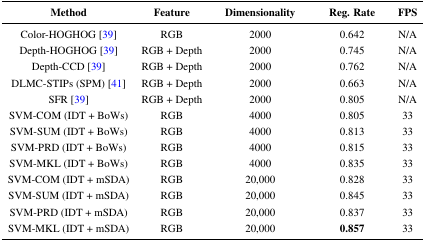
| Method | Feature | Dimensionality | Reg. Rate | FPS |
 | --- | --- | --- | --- | --- |
 | Color-HOGHOG [39] | RGB | 2000 | 0.642 | N/A |
 | Depth-HOGHOG [39] | RGB + Depth | 2000 | 0.745 | N/A |
 | Depth-CCD [39] | RGB + Depth | 2000 | 0.762 | N/A |
 | DLMC-STIPs (SPM) [41] | RGB + Depth | 2000 | 0.663 | N/A |
 | SFR [39] | RGB + Depth | 2000 | 0.805 | N/A |
 | SVM-COM (IDT + BoWs) | RGB | 4000 | 0.805 | 33 |
 | SVM-SUM (IDT + BoWs) | RGB | 4000 | 0.813 | 33 |
 | SVM-PRD (IDT + BoWs) | RGB | 4000 | 0.815 | 33 |
 | SVM-MKL (IDT + BoWs) | RGB | 4000 | 0.835 | 33 |
 | SVM-COM (IDT + mSDA) | RGB | 20,000 | 0.828 | 33 |
 | SVM-SUM (IDT + mSDA) | RGB | 20,000 | 0.845 | 33 |
 | SVM-PRD (IDT + mSDA) | RGB | 20,000 | 0.837 | 33 |
 | SVM-MKL (IDT + mSDA) | RGB | 20,000 | 0.857 | 33 |